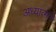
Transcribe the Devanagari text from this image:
अध्यात्माने